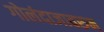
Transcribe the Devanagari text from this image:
गोलंदाजावरुन